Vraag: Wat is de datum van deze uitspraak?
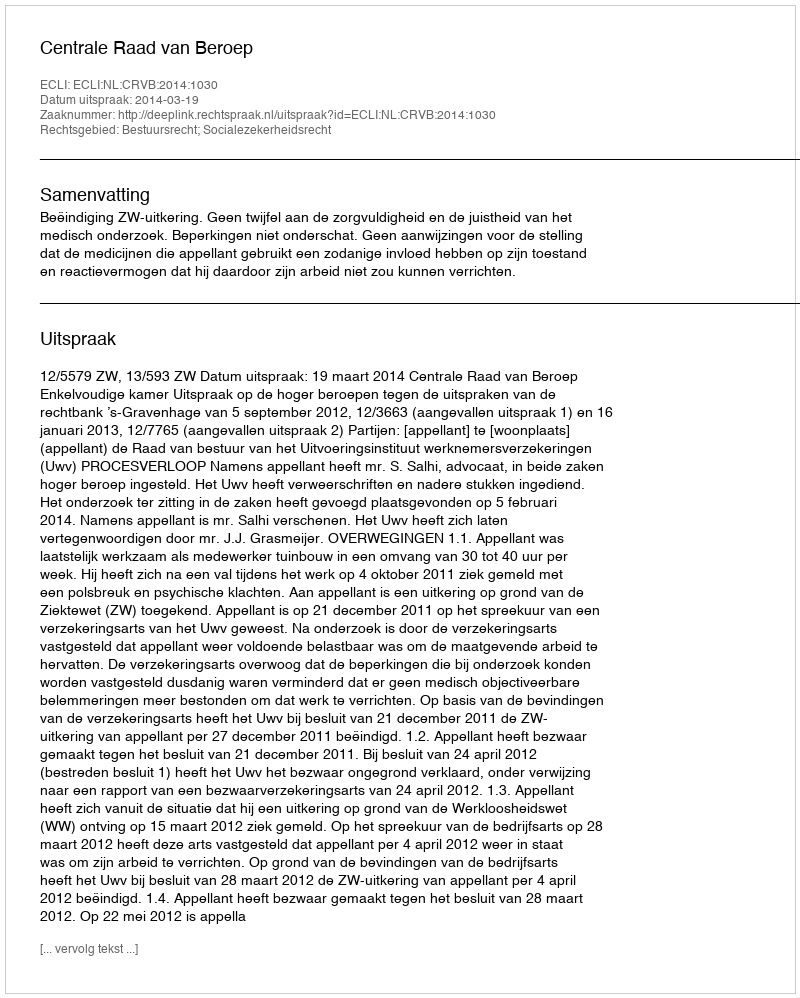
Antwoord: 2014-03-19